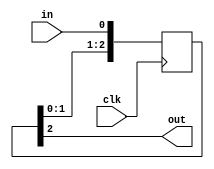
`timescale 1ns / 1ps
//////////////////////////////////////////////////////////////////////////////////
// Company: 
// Engineer: 
// 
// Design Name: 
// Module Name:    delayN 
// Project Name: 
// Target Devices: 
// Tool versions: 
// Description: parameterized delay line 
//
// Dependencies: 
//
// Revision: 
// Revision 0.01 - File Created
// Additional Comments: 
//
////////////////////////////////////////////////////////////////////////////////// 

module delayN(clk,in,out);
   input clk;
   input in;
   output out;

   parameter NDELAY = 3;

   reg [NDELAY-1:0] shiftreg;
   wire 	    out = shiftreg[NDELAY-1];

   always @(posedge clk)
     shiftreg <= {shiftreg[NDELAY-2:0],in};

endmodule // delayN